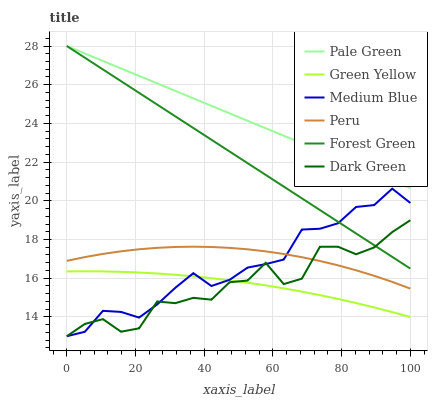
| xaxis_label | Pale Green | Green Yellow | Medium Blue | Peru | Forest Green | Dark Green |
 | --- | --- | --- | --- | --- | --- | --- |
 | 0 | 28 | 16.4 | 13 | 16.9 | 28 | 13 |
 | 5.26 | 27.6 | 16.4 | 13.2 | 17.1 | 27.4 | 13.6 |
 | 10.5 | 27.2 | 16.4 | 14.3 | 17.3 | 26.8 | 13.9 |
 | 15.8 | 26.8 | 16.3 | 14.3 | 17.4 | 26.2 | 13.2 |
 | 21.1 | 26.5 | 16.3 | 14 | 17.5 | 25.6 | 13.4 |
 | 26.3 | 26.1 | 16.2 | 14.6 | 17.6 | 25 | 14.8 |
 | 31.6 | 25.7 | 16.2 | 15.5 | 17.6 | 24.4 | 14.7 |
 | 36.8 | 25.3 | 16.1 | 16.3 | 17.6 | 23.8 | 15 |
 | 42.1 | 24.9 | 16 | 15.6 | 17.6 | 23.2 | 14.9 |
 | 47.4 | 24.5 | 15.9 | 15.9 | 17.6 | 22.6 | 15.8 |
 | 52.6 | 24.1 | 15.8 | 16.5 | 17.5 | 21.9 | 15.9 |
 | 57.9 | 23.8 | 15.6 | 16.7 | 17.4 | 21.3 | 16.8 |
 | 63.2 | 23.4 | 15.5 | 17 | 17.3 | 20.7 | 15.7 |
 | 68.4 | 23 | 15.3 | 18.5 | 17.1 | 20.1 | 16 |
 | 73.7 | 22.6 | 15.1 | 18.6 | 16.9 | 19.5 | 17.6 |
 | 78.9 | 22.2 | 14.9 | 18.8 | 16.7 | 18.9 | 17.6 |
 | 84.2 | 21.8 | 14.7 | 19.7 | 16.4 | 18.3 | 17.2 |
 | 89.5 | 21.4 | 14.5 | 19.8 | 16.1 | 17.7 | 17.6 |
 | 94.7 | 21 | 14.2 | 20.6 | 15.8 | 17.1 | 18.4 |
 | 100 | 20.7 | 14 | 19.9 | 15.5 | 16.5 | 19 |